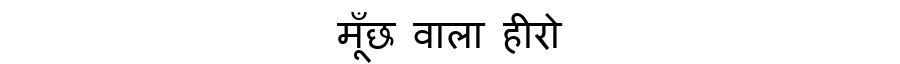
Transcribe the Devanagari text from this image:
मूँछ वाला हीरो